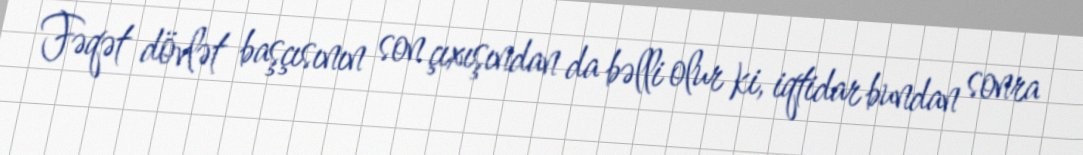
Fəqət dövlət başçısının son çıxışından da bəlli olur ki, iqtidar bundan sonra